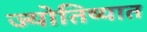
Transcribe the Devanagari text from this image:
ज्योतिष्यात